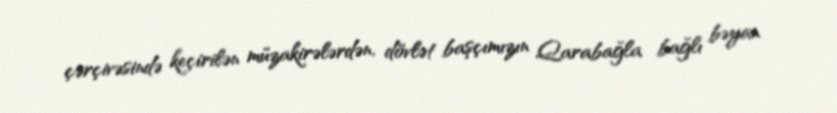
çərçivəsində keçirilən müzakirələrdən, dövlət başçımızın Qarabağla bağlı bəyan